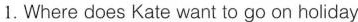
1.Where does Kate ant fo go on holidaw